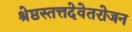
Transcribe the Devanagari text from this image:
श्रेष्ठस्तत्तदेवेतरोजन